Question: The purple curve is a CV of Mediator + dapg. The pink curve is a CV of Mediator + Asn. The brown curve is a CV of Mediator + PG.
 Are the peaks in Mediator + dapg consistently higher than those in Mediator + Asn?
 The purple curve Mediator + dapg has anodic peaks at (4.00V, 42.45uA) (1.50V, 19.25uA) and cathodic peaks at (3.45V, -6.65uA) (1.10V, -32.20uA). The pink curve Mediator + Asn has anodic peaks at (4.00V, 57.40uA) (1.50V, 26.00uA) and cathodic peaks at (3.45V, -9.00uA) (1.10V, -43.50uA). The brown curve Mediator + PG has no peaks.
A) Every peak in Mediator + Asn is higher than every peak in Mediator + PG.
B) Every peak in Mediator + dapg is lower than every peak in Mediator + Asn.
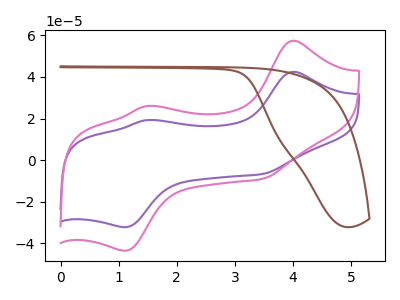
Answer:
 <answer>B) Every peak in "Mediator + dapg" is lower than every peak in "Mediator + Asn".</answer>
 <eval>B</eval>